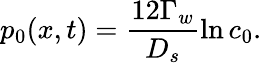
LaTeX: p_{0}(x,t)=\frac{12\Gamma_{w}}{D_{s}}\ln c_{0}.